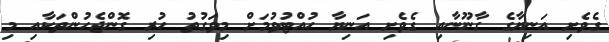
ގެވެށި އަނިޔާގެ ގާނޫނާއި ގެވެށި އަނިޔާ ހުއްޓުވުމަށް މިވަގުތު ހުރި ގޮންޖެހުންތަކާއި މި